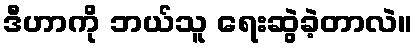
ဒီဟာကို ဘယ်သူ ရေးဆွဲခဲ့တာလဲ။